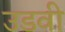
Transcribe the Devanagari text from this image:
उडवी